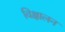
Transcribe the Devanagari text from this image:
विक्षालन